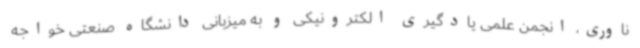
ناوری، انجمن علمی یادگیری الکترونیکی و به میزبانی دانشگاه صنعتی خواجه